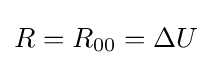
R=R_{00}=\Delta U